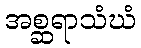
အစ္ဆရာသံဃံ